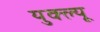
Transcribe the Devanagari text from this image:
युक्ल्यू